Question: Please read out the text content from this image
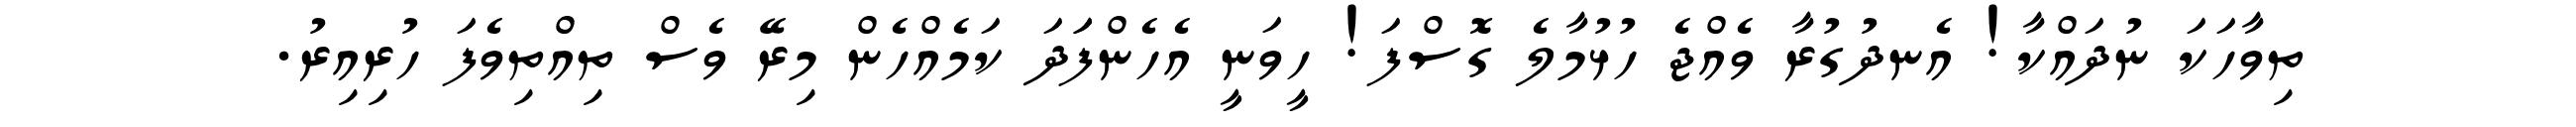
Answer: ތިވާހަކަ ނުދައްކާ! އެނދުގުރާ ވެއްޖެ ހުޅުމާލެ ގޮސްފަ! ހީވަނީ އެހެންފަަދަ ކަމެއްހެން މިރޭ ވެސް ތިއްތިވެފަ ހުރިއިރު.